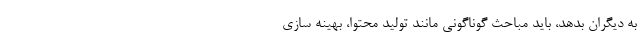
به دیگران بدهد، باید مباحث گوناگونی مانند تولید محتوا، بهینه سازی